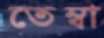
তেম্বা